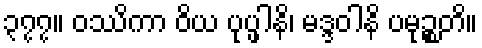
၃၇၇။ ဝဿိကာ ဝိယ ပုပ္ဖါနိ၊ မဒ္ဒဝါနိ ပမုဉ္စတိ။